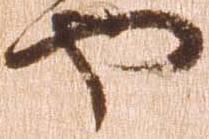
や